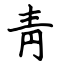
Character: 靑